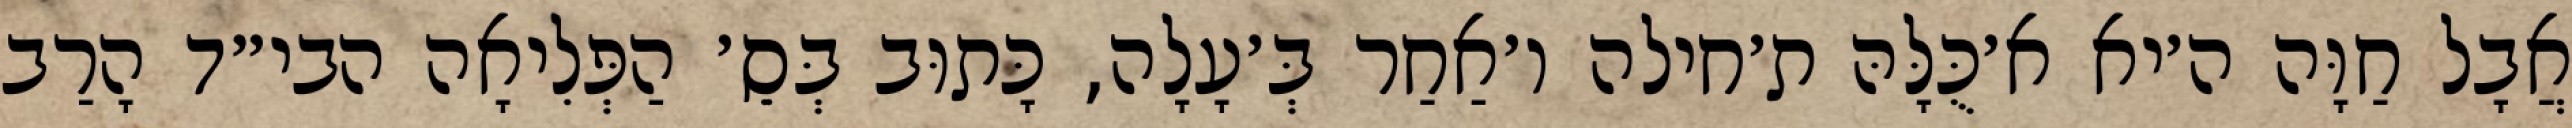
אֲבָל חַוָּה ה׳יא א׳כֻּלָּהּ ת׳חילה ו׳אַחַר בְּ׳עָלָה, כָּתוּב בְּסֵ׳ הַפְּלִיאָה הבי״ד הָרַב